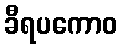
ခီရပကောဝ